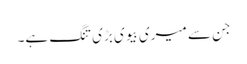
جن سے میری بیوی بڑی تنگ ہے۔